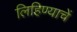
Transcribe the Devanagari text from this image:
लिहिण्याचें